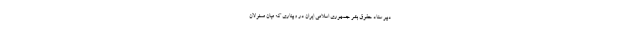
دبیر ستاد حقوق بشر جمهوری اسلامی ایران در وبیناری که میان مسئولان